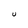
Character: U